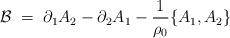
LaTeX: \begin{align*}{\mathcal B} \;=\; \partial_1 A_2 - \partial_2 A_1 -\frac{1}{\rho_0} \{ A_1 , A_2 \}\end{align*}